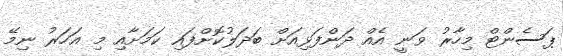
ޕަސެންޓް މިހާރު ވަނީ އެއް ދަންފަޅިއަށް ބަދަލުކޮށްފައި ކަމަށާއި މި އަހަރު ނިމޭ